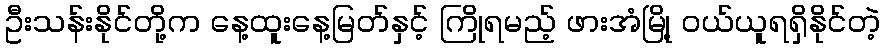
ဦးသန်းနိုင်တို့က နေ့ထူးနေ့မြတ်နှင့် ကြိုရမည့် ဖားအံမြို့ ဝယ်ယူရရှိနိုင်တဲ့